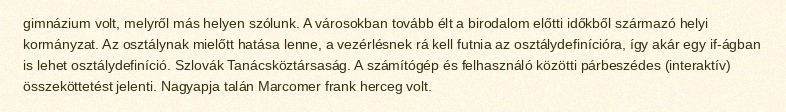
gimnázium volt, melyről más helyen szólunk. A városokban tovább élt a birodalom előtti időkből származó helyi kormányzat. Az osztálynak mielőtt hatása lenne, a vezérlésnek rá kell futnia az osztálydefinícióra, így akár egy if-ágban is lehet osztálydefiníció. Szlovák Tanácsköztársaság. A számítógép és felhasználó közötti párbeszédes (interaktív) összeköttetést jelenti. Nagyapja talán Marcomer frank herceg volt.